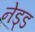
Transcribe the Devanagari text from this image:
नेड्ड